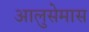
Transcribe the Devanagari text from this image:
आलुसेमास